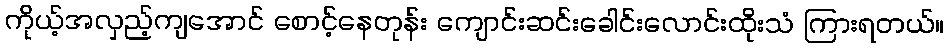
ကိုယ့်အလှည့်ကျအောင် စောင့်နေတုန်း ကျောင်းဆင်းခေါင်းလောင်းထိုးသံ ကြားရတယ်။